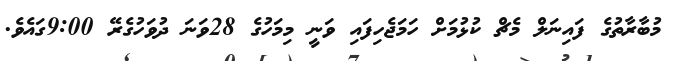
މުބާރާތުގެ ފައިނަލް މެޗް ކުޅުމަށް ހަމަޖެހިފައި ވަނީ މިމަހުގެ 28ވަނަ ދުވަހުގެރޭ 9:00ގައެވެ.